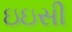
ઇઇસી